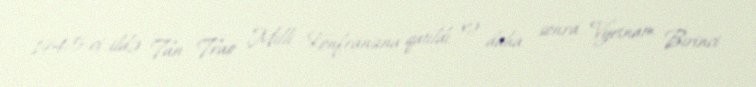
1945-ci ildə Tan Trao Milli Konfransına qatıldı və daha sonra Vyetnam Birinci